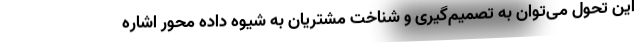
این تحول می‌توان به تصمیم‌گیری و شناخت مشتریان به شیوه داده محور اشاره